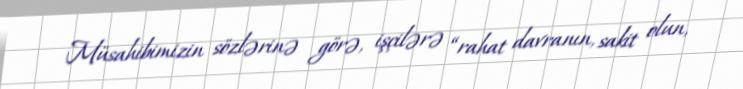
Müsahibimizin sözlərinə görə, işçilərə “rahat davranın, sakit olun,